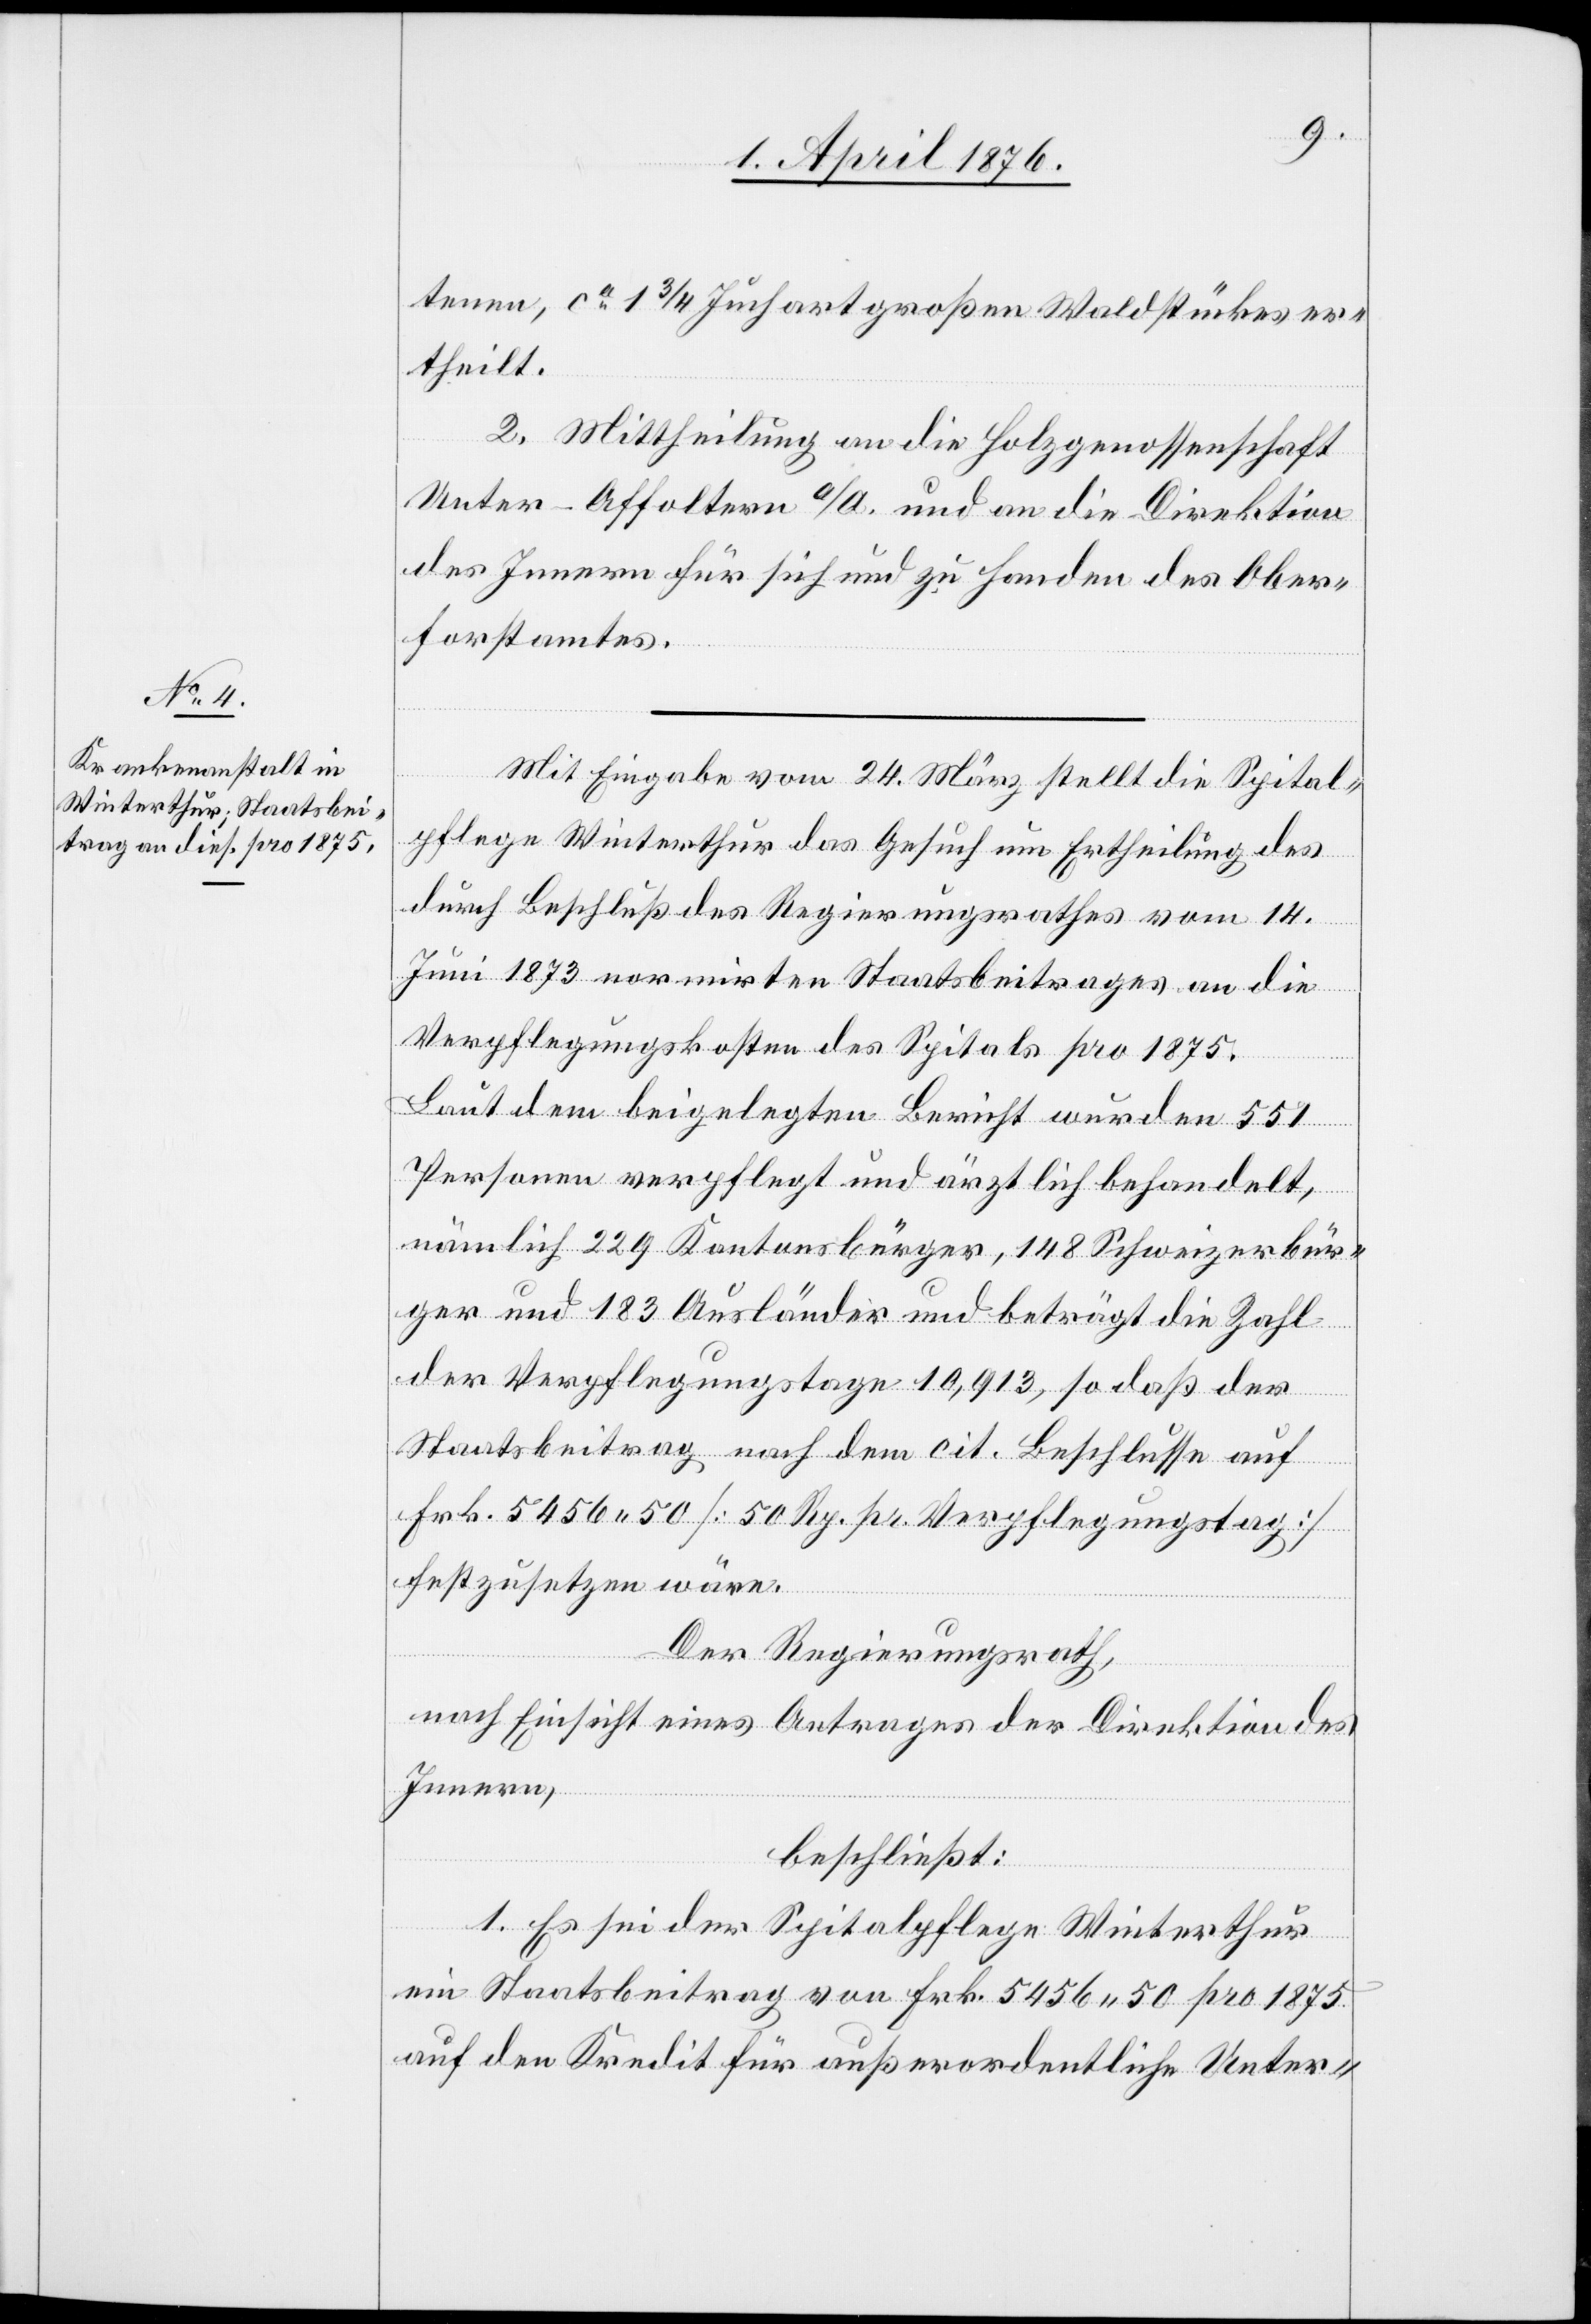
tenen, ca 1 3/4 Juchart großen Waldstückes er¬
theilt.
2. Mittheilung an die Holzgenossenschaft
Unter-Affoltern a/A. und an die Direktion
des Innern für sich und zu Handen des Ober¬
forstamtes.
Mit Eingabe vom 24. März stellt die Spital¬
pflege Winterthur das Gesuch um Ertheilung des
durch Beschluß des Regierungsrathes vom 14.
Juni 1873 normirten Staatsbeitrages an die
Verpflegungskosten des Spitals pro 1875.
Laut dem beigelegten Bericht wurden 551
Personen verpflegt und ärztlich behandelt,
nämlich 229 Kantonsbürger, 148 Schweizerbür¬
ger und 183 Ausländer und beträgt die Zahl
der Verpflegungstage 10,913, so daß der
Staatsbeitrag nach dem cit. Beschlusse auf
Frk. 5456 50 [50 Rp. pr. Verpflegungstag]
festzusetzen wäre.
Der Regierungsrath,
nach Einsicht eines Antrages der Direktion des
Innern,
beschließt:
1. Es sei der Spitalpflege Winterthur
ein Staatsbeitrag von Frk. 5456 50 pro 1875
auf den Kredit für außerordentliche Unter-